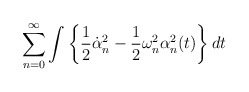
\begin{align*}\sum_{n=0}^{\infty}\int\left\{\frac12\dot{\alpha}^2_n - \frac12\omega_n^2\alpha_n^2(t)\right\}dt\end{align*}